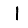
Digit: 1